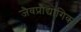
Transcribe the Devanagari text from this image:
जैवप्रौद्योगिक